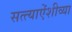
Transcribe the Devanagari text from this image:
सत्त्याऐंशीव्या